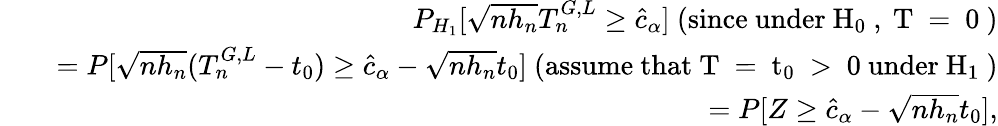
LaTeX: \begin{array}{rlr}&{}&{P_{H_{1}}[\sqrt{nh_{n}}T_{n}^{G,L}\geq\hat{c}_{\alpha}]~\mathrm{(since~under~H_{0}~,~T~=~0~)}}\\ &{}&{=P[\sqrt{nh_{n}}(T_{n}^{G,L}-t_{0})\geq\hat{c}_{\alpha}-\sqrt{nh_{n}}t_{0}]~\mathrm{(assume~that~T~=~t_{0}~>~0~under~H_{1}~)}}\\ &{}&{=P[Z\geq\hat{c}_{\alpha}-\sqrt{nh_{n}}t_{0}],}\end{array}